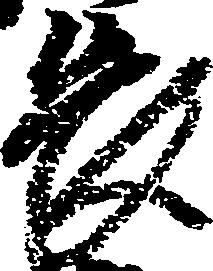
長